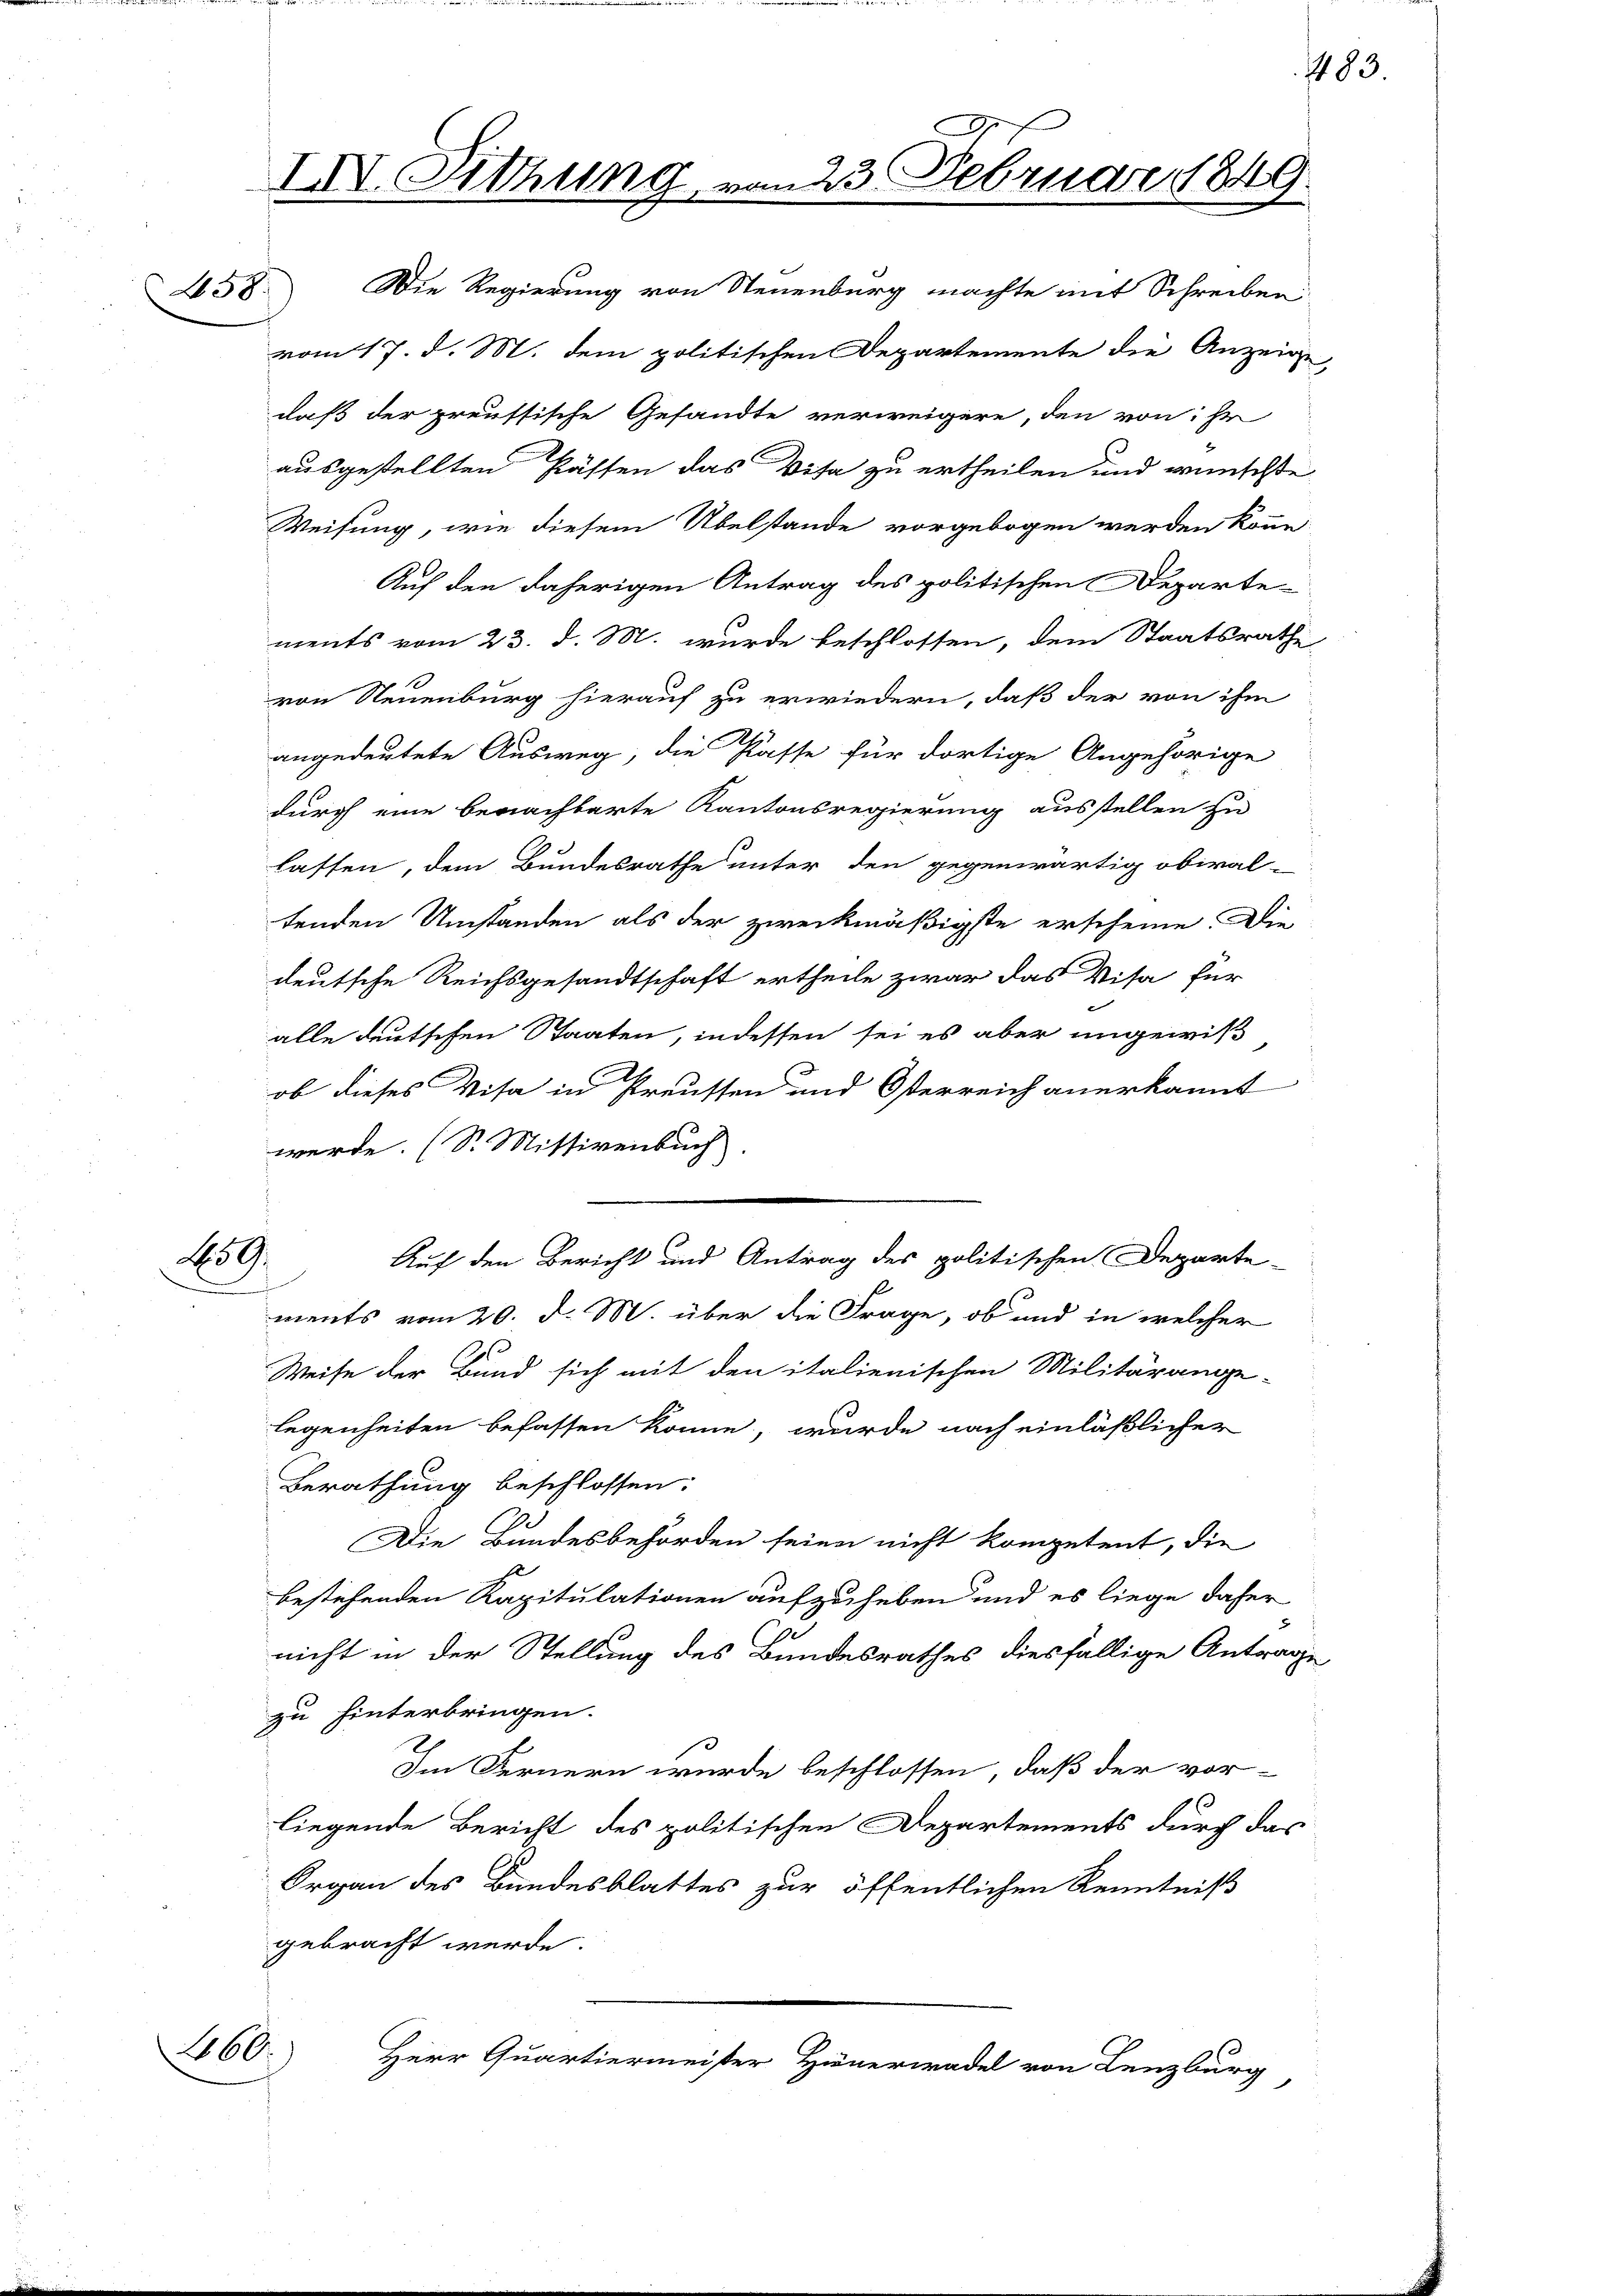
IIV. Sitzung

258. Die Regierung von Steuenburg machte mit Schreiben
vom 17. d. M. dem politischen Departemente die Anzeige,
daß der preussische Gesandte verweigere, den von hr
ausgestellten Kästen das Visa zu ertheilen und wünschte
Weisung, wie diesem Übelstände vorgebogen werden könne.
Auf den daherigen Antrag des politischen Departe
ments vom 23. d. M. wurde beschlossen, dem Staatsrathe
von Neuenburg hierauf zu erwiedern, daß der von ihm
angedeutete Ausweg, die Pässe für dortige Angehörige
durch eine benachbarte Kantonsregierung ausstellen zu
lassen, dem Bundesrathe unter den gegenwärtig obiral-
tenden Umständen als der zweckmäßigste erscheine. Die
deutsche Reichsgesandtschaft ertheile zwar das Visa für
alle deutschen Staaten, indessen sei es aber ungewiss
ob dieses Visa in Preusten und Österreich anerkannt
werde. (S. Missivenbuch
259.
Auf den Bericht und Antrag des politischen Departe-
ments vom 20. d. M. über die Frage, ob und in welcher
Weise der Bund sich mit den italienischen Militärange-
legenheiten befassen könne, wurde nach einläßlicher
Berathung beschlossen:
Die Bundesbehörden seien nicht kompetent, die
bestehenden Kapitulationen aufzuheben und es liege daher
nicht in der Stellung des Bundesrathes diesfällige Antrage
zu hinterbringen.
Im Fernern wurde beschlossen, daß der vor-
liegende Bericht des politischen Departements durch das
Organ des Bundesblattes zur öffentlichen Kenntniß
gebracht werde.
260.
Herr Quartiermeister Hienerwadel von Lenzburg

23 Februar 1846
4

1183.